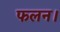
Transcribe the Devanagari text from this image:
फलन।